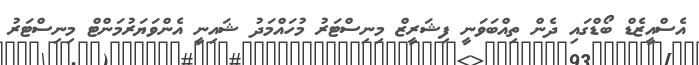
އެސްއީޒެޑް ބޯޑްގައި ދެން ތިއްބަވަނީ ފިޝަރީޒް މިނިސްޓަރު މުހައްމަދު ޝައިނީ އެންވަޔަރުމަންޓް މިނިސްޓަރު